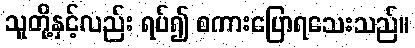
သူတို့နှင့်လည်း ရပ်၍ စကားပြောရသေးသည်။